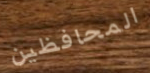
المحافظين